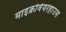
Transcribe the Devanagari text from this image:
माइक्रोवेयरहाउस